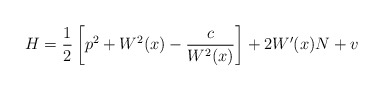
\begin{align*} H=\frac 12\left[p^2+W^2(x)-\frac{c}{W^2(x)}\right] +2W'(x)N+v\end{align*}